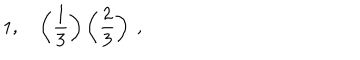
1 , \quad \left( \frac { 1 } { 3 } \right) \left( \frac { 2 } { 3 } \right) \ ,